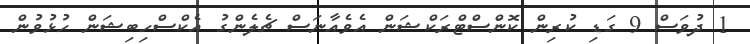
1 ދުވަސް 9 ގަޑި ކުރިން ކޮންސްޓްރަކްޝަން އެވެއާނަސް ޗެލެންގު އެކްސްހިބިޝަން ހުޅުވުން